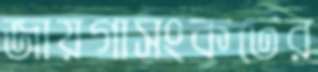
জায়গাসংকটের